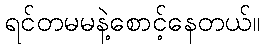
ရင်တမမနဲ့စောင့်နေတယ်။